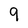
Character: 9